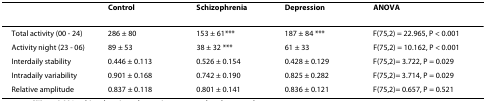
<table><thead><tr><td></td><td><b>Control</b></td><td><b>Schizophrenia</b></td><td><b>Depression</b></td><td><b>ANOVA</b></td></tr></thead><tbody><tr><td>Total activity (00 - 24)</td><td>286 ± 80</td><td>153 ± 61***</td><td>187 ± 84 ***</td><td>F(75,2) = 22.965, P &lt; 0.001</td></tr><tr><td>Activity night (23 - 06)</td><td>89 ± 53</td><td>38 ± 32 ***</td><td>61 ± 33</td><td>F(75,2) = 10.162, P &lt; 0.001</td></tr><tr><td>Interdaily stability</td><td>0.446 ± 0.113</td><td>0.526 ± 0.154</td><td>0.428 ± 0.129</td><td>F(75,2)= 3.722, P = 0.029</td></tr><tr><td>Intradaily variability</td><td>0.901 ± 0.168</td><td>0.742 ± 0.190</td><td>0.825 ± 0.282</td><td>F(75,2)= 3.714, P = 0.029</td></tr><tr><td>Relative amplitude</td><td>0.837 ± 0.118</td><td>0.801 ± 0.141</td><td>0.836 ± 0.121</td><td>F(75,2)= 0.657, P = 0.521</td></tr></tbody></table>